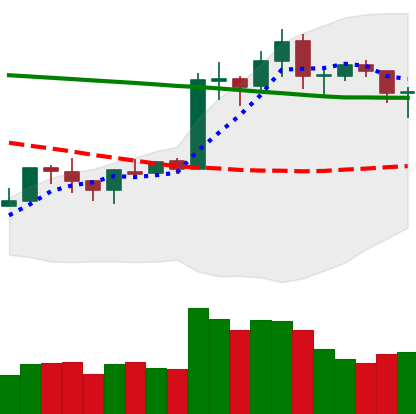
Ticker: ETH-USD
Chart end date: 2020-01-24
Forward return: 7.359%
Label: up_7plus